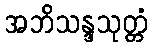
အဘိသန္ဒသုတ္တံ